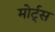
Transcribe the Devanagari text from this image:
मोर्ट्स